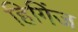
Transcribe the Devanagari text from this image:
हिगिंज